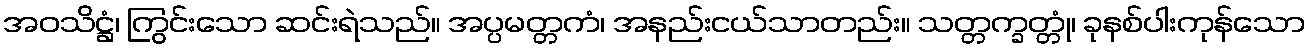
အဝသိဋ္ဌံ၊ ကြွင်းသော ဆင်းရဲသည်။ အပ္ပမတ္တကံ၊ အနည်းငယ်သာတည်း။ သတ္တက္ခတ္တုံ၊ ခုနစ်ပါးကုန်သော